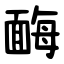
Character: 䩈